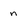
Character: n